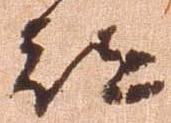
都